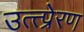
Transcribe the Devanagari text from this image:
उत्त्प्रेरण